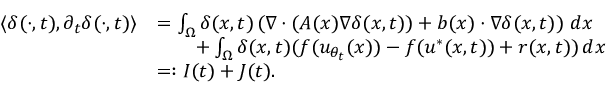
\begin{array} { r l } { \langle \delta ( \cdot , t ) , \partial _ { t } \delta ( \cdot , t ) \rangle } & { = \int _ { \Omega } \delta ( x , t ) \left( \nabla \cdot ( A ( x ) \nabla \delta ( x , t ) ) + b ( x ) \cdot \nabla \delta ( x , t ) \right) \, d x } \\ & { \qquad + \int _ { \Omega } \delta ( x , t ) ( f ( u _ { \theta _ { t } } ( x ) ) - f ( u ^ { * } ( x , t ) ) + r ( x , t ) ) \, d x } \\ & { = : I ( t ) + J ( t ) . } \end{array}